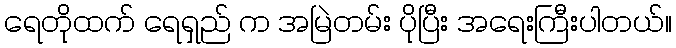
ရေတိုထက် ရေရှည် က အမြဲတမ်း ပိုပြီး အရေးကြီးပါတယ်။